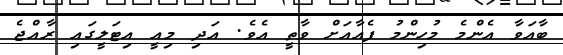
ބާއަވާ އެންމެ މުހިންމު ފެއާއަށް ވާތީ އެވެ. އަދި މިއީ އިޓަލީގައި ރާއްޖެ